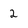
Character: 2